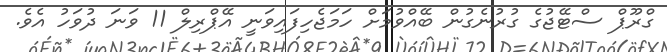
ގްރޫޕް ސްޓޭޖުގެ ގުރުނެގުން ބޭއްވުމަށް ހަމަޖެހިފައިވަނީ އޭޕްރިލް 11 ވަނަ ދުވަހު އެވެ.